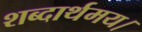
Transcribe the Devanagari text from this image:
शब्दार्थमय।